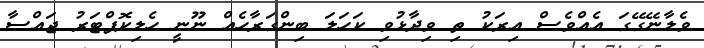
ވެލާނޭގޭގަ އެއްވެސް އިރަކު ތި ވިދާޅުވި ކަހަލަ ބިންގަރާހެއް ނޫނީ ހެލިކޮޕްޓަރު ޖައްސާ